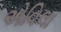
એવિલા